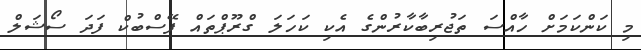
މި ކަންކަމަށް ހާއްސަ ތަޖުރިބާކާރުންގެ އެކި ކަހަލަ ގްރޫޕްތައް ފޭސްބުކް ފަދަ ސޯޝަލް